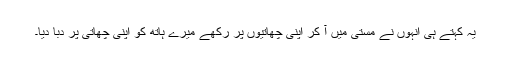
یہ کہتے ہی انہوں نے مستی میں آ کر اپنی چھاتیوں پر رکھے میرے ہاتھ کو اپنی چھاتی پر دبا دیا۔